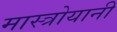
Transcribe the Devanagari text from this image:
मास्त्रोयानी